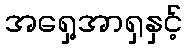
အရှေ့အာရှနှင့်